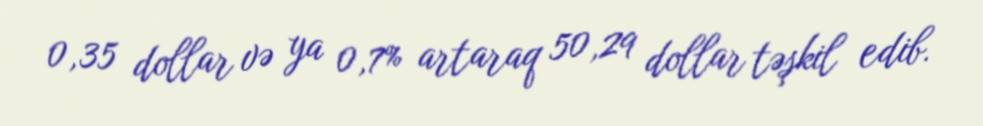
0,35 dollar və ya 0,7% artaraq 50,29 dollar təşkil edib.